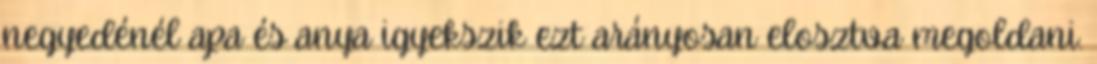
negyedénél apa és anya igyekszik ezt arányosan elosztva megoldani.